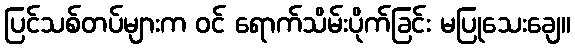
ပြင်သစ်တပ်များက ဝင် ရောက်သိမ်းပိုက်ခြင်း မပြုသေးချေ။